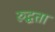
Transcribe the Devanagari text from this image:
रुद्धता